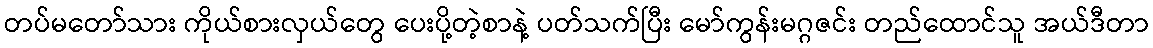
တပ်မတော်သား ကိုယ်စားလှယ်တွေ ပေးပို့တဲ့စာနဲ့ ပတ်သက်ပြီး မော်ကွန်းမဂ္ဂဇင်း တည်ထောင်သူ အယ်ဒီတာ